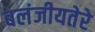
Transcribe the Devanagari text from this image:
बलंजीयतेरे